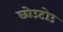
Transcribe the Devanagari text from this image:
छोउटोउ